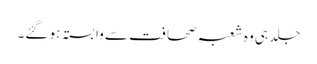
جلد ہی وہ شعبہ صحافت سے وابستہ ہو گئے۔